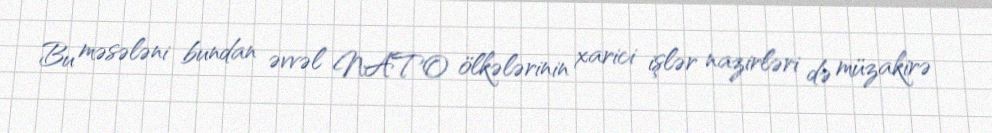
Bu məsələni bundan əvvəl NATO ölkələrinin xarici işlər nazirləri də müzakirə